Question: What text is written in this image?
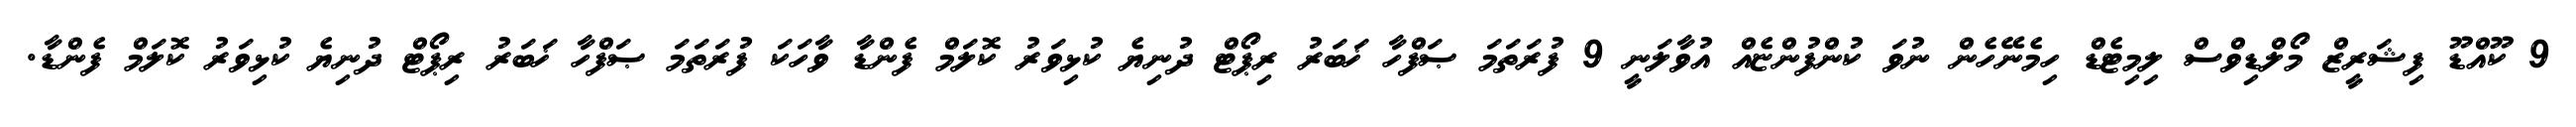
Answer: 9 ކޫއްޑޫ ފިޝަރީޒް މޯލްޑިވްސް ލިމިޓެޑް ހިމެނޭހެން ނުވަ ކުންފުންޏެއް އުވާލަނީ 9 ފުރަތަމަ ޞަފްހާ ޚަބަރު ރިޕޯޓް ދުނިޔެ ކުޅިވަރު ކޮލަމް ފެންޑާ ވާހަކަ ފުރަތަމަ ޞަފްހާ ޚަބަރު ރިޕޯޓް ދުނިޔެ ކުޅިވަރު ކޮލަމް ފެންޑާ.